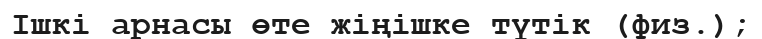
Iшкі арнасы өте жіңішке түтік (физ.);